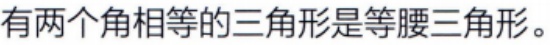
有两个角相等的三角形是等腰三角形。